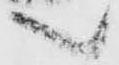
へ